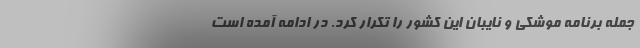
جمله برنامه موشکی و نایبان این کشور را تکرار کرد. در ادامه آمده است